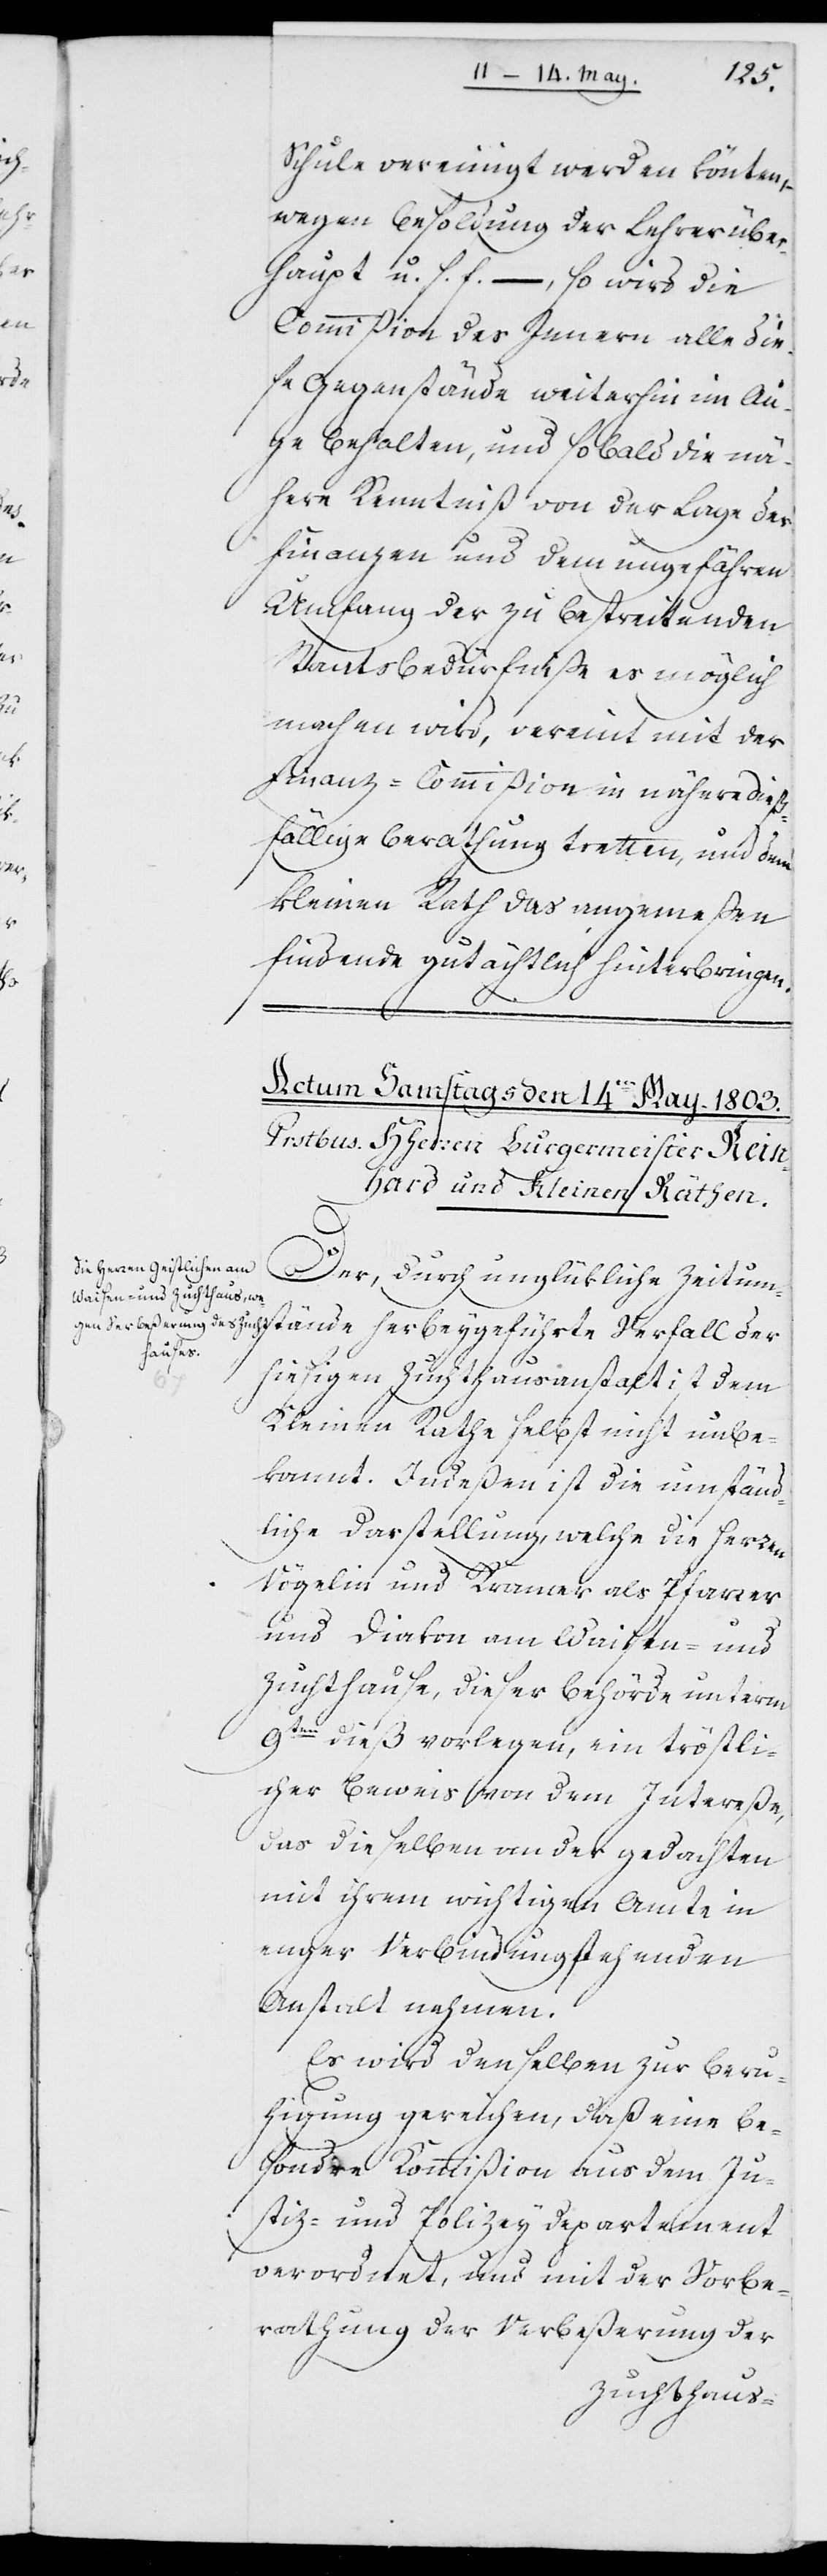
schule vereinigt werden könnten,
wegen Besoldung der Lehrer über¬
haupt u. s. f., – so wird die
Commißion des Innern alle die¬
se Gegenstände weiterhin im Au¬
ge behalten, und sobald die nä¬
here Kenntniß von der Lage der
Finanzen und dem ungefähren
Umfang der zu bestreitenden
Staatsbedürfniße es möglich
machen wird, vereint mit der
Finanzkommißion in nähere dieß¬
fällige Berathung tretten, und dem
Kleinen Rath das angemeßen
findende gutächtlich hinterbringen.
Der, durch unglükliche Zeitum¬
stände
hiesigen Zuchthausanstalt ist dem
Kleinen Rathe selbst nicht unbe¬
kannt. Indeßen ist die umständ¬
liche Darstellung, welche die Herren
Vögelin und Kramer als Pfarrer
und Diakon am Waisen- und
Zuchthause, dieser Behörde unterm
9ten dieß vorlegen, ein tröstli¬
cher Beweis von dem Intereße,
das dieselben an der gedachten,
mit ihrem wichtigen Amte in
enger Verbindung stehenden
Anstalt nehmen.
Es wird denselben zur Beru¬
higung gereichen, daß eine be¬
sondere Kommißion aus dem Ju¬
stiz- und Polizeydepartement
verordnet, und mit der Vorbe¬
rathung der Verbeßerung der